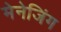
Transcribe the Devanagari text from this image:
मेनेजिंग